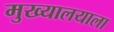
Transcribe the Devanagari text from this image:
मुख्यालयाला